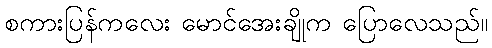
စကားပြန်ကလေး မောင်အေးချိုက ပြောလေသည်။